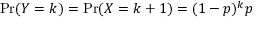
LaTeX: \operatorname* { P r } ( Y = k ) = \operatorname* { P r } ( X = k + 1 ) = ( 1 - p ) ^ { k } p